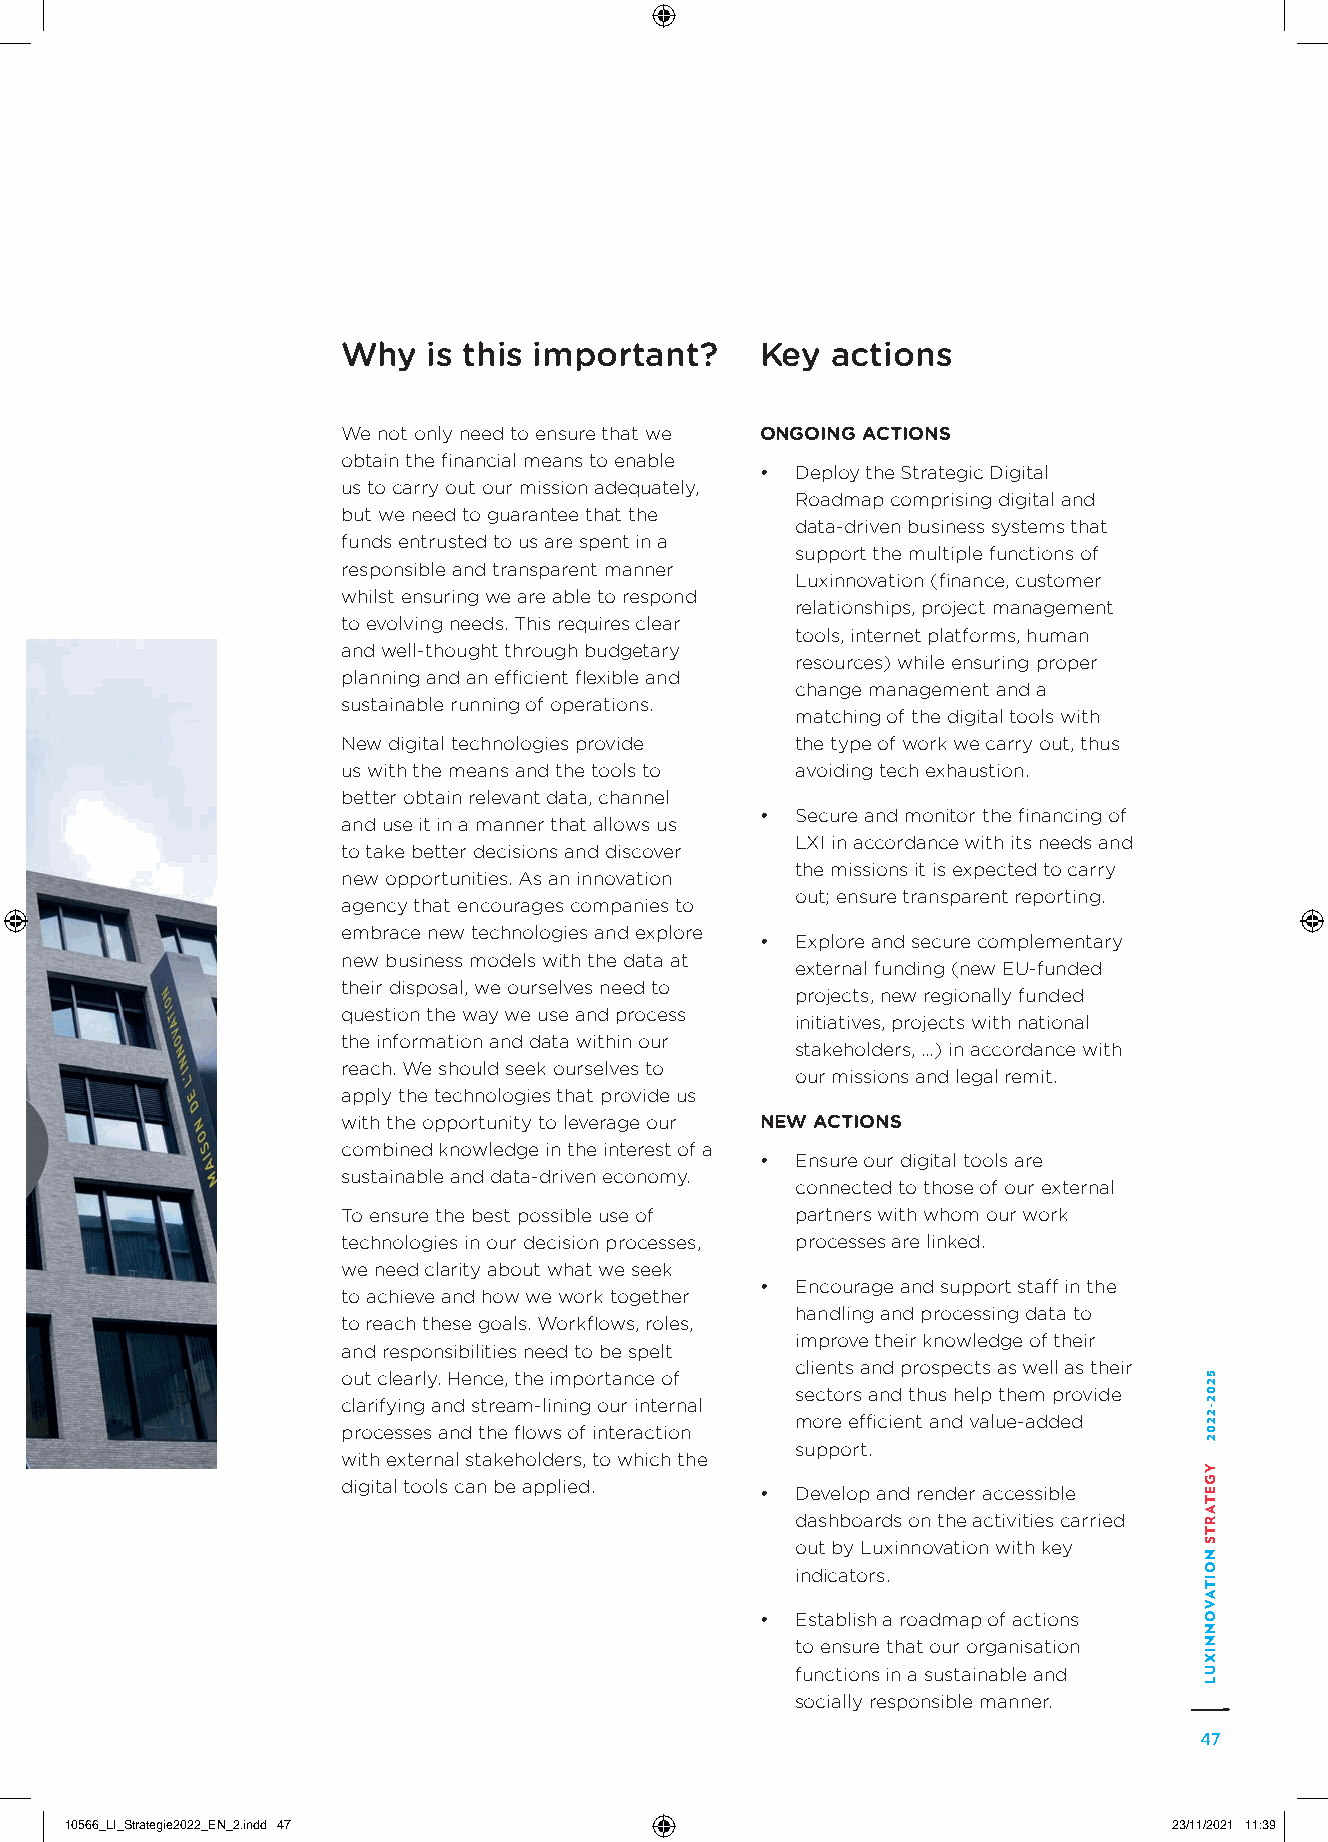
Why  is this important?    Key  actions
 We not only need to ensure that we ONGOING ACTIONS
 obtain the financial means to enable
 •  Deploy the Strategic Digital
 us to carry out our mission adequately,
 Roadmap comprising digital and
 but we need to guarantee that the
 data-driven business systems that
 funds entrusted to us are spent in a
 support the multiple functions of
 responsible and transparent manner
 Luxinnovation (finance, customer
 whilst ensuring we are able to respond
 relationships, project management
 to evolving needs. This requires clear
 tools, internet platforms, human
 and well-thought through budgetary
 resources) while ensuring proper
 planning and an efficient flexible and
 change management and a
 sustainable running of operations.
 matching of the digital tools with
 New digital technologies provide the type of work we carry out, thus
 us with the means and the tools to avoiding tech exhaustion.
 better obtain relevant data, channel
 •  Secure and monitor the financing of
 and use it in a manner that allows us
 LXI in accordance with its needs and
 to take better decisions and discover
 the missions it is expected to carry
 new opportunities. As an innovation
 out; ensure transparent reporting.
 agency that encourages companies to
 embrace new technologies and explore
 •  Explore and secure complementary
 new business models with the data at
 external funding (new EU-funded
 their disposal, we ourselves need to
 projects, new regionally funded
 question the way we use and process
 initiatives, projects with national
 the information and data within our
 stakeholders, …) in accordance with
 reach. We should seek ourselves to
 our missions and legal remit.
 apply the technologies that provide us
 with the opportunity to leverage our NEW ACTIONS
 combined knowledge in the interest of a
 •  Ensure our digital tools are
 sustainable and data-driven economy.
 connected to those of our external
 To ensure the best possible use of partners with whom our work
 technologies in our decision processes, processes are linked.
 we need clarity about what we seek
 •  Encourage and support staff in the
 to achieve and how we work together
 handling and processing data to
 to reach these goals. Workflows, roles,
 improve their knowledge of their
 and responsibilities need to be spelt
 clients and prospects as well as their
 out clearly. Hence, the importance of
 sectors and thus help them provide
 clarifying and stream-lining our internal
 more efficient and value-added
 processes and the flows of interaction
 support.
 with external stakeholders, to which the
 digital tools can be applied.
 •  Develop and render accessible
 dashboards on the activities carried
 out by Luxinnovation with key
 indicators.
 •  Establish a roadmap of actions
 to ensure that our organisation
 functions in a sustainable and
 socially responsible manner.
 47
 1100556666__LLII__SSttrraatteeggiiee22002222__EENN__22..iinndddd 4477     2233//1111//22002211 1111::3399
 5202-2202
 YGETARTS
 NOITAVONNIXUL